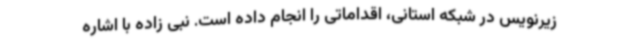
زیرنویس در شبکه استانی، اقداماتی را انجام داده است. نبی زاده با اشاره